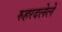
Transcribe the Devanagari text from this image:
रुहरदलेले